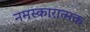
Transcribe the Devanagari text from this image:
नमस्कारात्मक